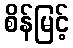
စိန်မြင့်